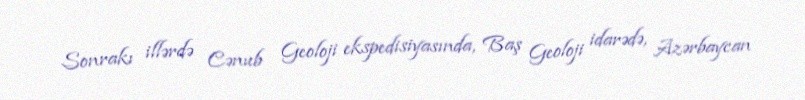
Sonrakı illərdə Cənub Geoloji ekspedisiyasında, Baş Geoloji idarədə, Azərbaycan